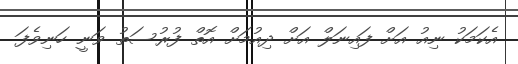
އެކަމަކު ނިއު އަށް ފައިނަލް އަށް ދިއުމަށް އޮތް ފުރުސަތު ވަނީ ހަނިވެފަ